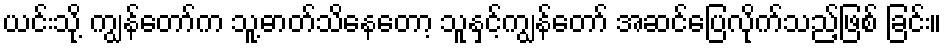
ယင်းသို့ ကျွန်တော်က သူ့ဓာတ်သိနေတော့ သူနှင့်ကျွန်တော် အဆင်ပြေလိုက်သည့်ဖြစ် ခြင်း။